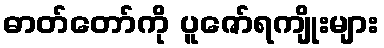
ဓာတ်တော်ကို ပူဇော်ရကျိုးများ